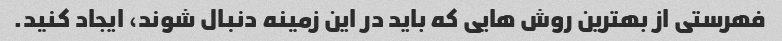
فهرستی از بهترین روش هایی که باید در این زمینه دنبال شوند، ایجاد کنید.